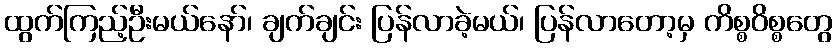
ထွက်ကြည့်ဦးမယ်နော်၊ ချက်ချင်း ပြန်လာခဲ့မယ်၊ ပြန်လာတော့မှ ကိစ္စဝိစ္စတွေ